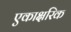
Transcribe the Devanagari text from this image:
एकाक्षरिक